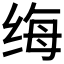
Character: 𫄩